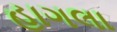
હાગલા